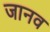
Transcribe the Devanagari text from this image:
जानव